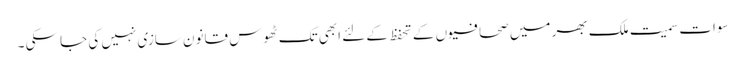
سوات سمیت ملک بھر میں صحافیوں کے تحفظ کے لئے ابھی تک ٹھوس قانون سازی نہیں کی جا سکی ۔